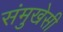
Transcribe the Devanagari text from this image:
संमुखेसी